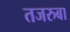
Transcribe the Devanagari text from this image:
तजरुबा